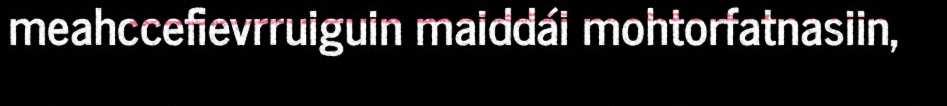
meahccefievrruiguin maiddái mohtorfatnasiin,